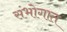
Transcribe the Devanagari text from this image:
संभोगात